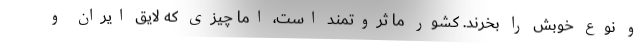
و نوع خوبش را بخرند. کشور ما ثروتمند است، اما چیزی که لایق ایران و